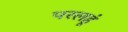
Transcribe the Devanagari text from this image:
परलहूं